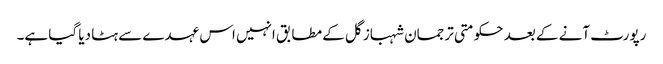
رپورٹ آنے کے بعد حکومتی ترجمان شہباز گل کے مطابق انہیں اس عہدے سے ہٹا دیا گیا ہے۔